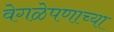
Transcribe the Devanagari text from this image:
वेगळेपणाच्या